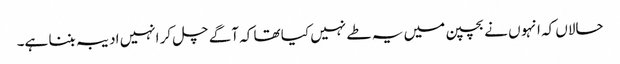
حالاں کہ انہو ں نے بچپن میں یہ طے نہیں کیا تھا کہ آگے چل کر انہیں ادیبہ بننا ہے۔